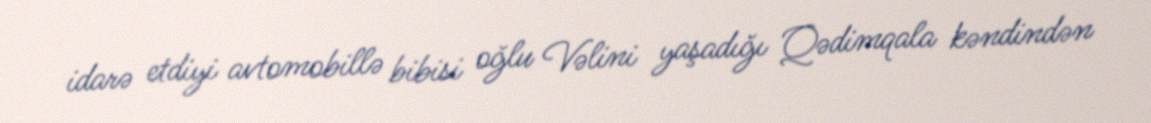
idarə etdiyi avtomobillə bibisi oğlu Vəlini yaşadığı Qədimqala kəndindən